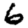
Digit: 6